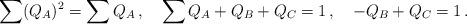
LaTeX: \begin{align*}\sum (Q_A)^2 = \sum Q_A \,, \quad \sum Q_A + Q_B + Q_C = 1\,, \quad -Q_B +Q_C = 1\,.\end{align*}